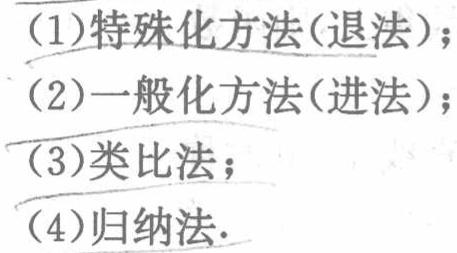
(1)特殊化方法(退法)；
(2)一般化方法(进法)；
(3)类比法；
(4)归纳法.